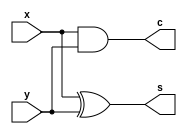
`timescale 10ns / 1ps
module HA(s, c, x, y);
input x, y;
output s, c;

// write your code here -- START--

xor xor1( s, x, y ); // w1 = x and y 
and and1( c, x, y ); // w1 = x and y 

// write your code here -- END--

endmodule